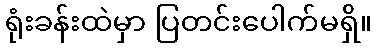
ရုံးခန်းထဲမှာ ပြတင်းပေါက်မရှိ။